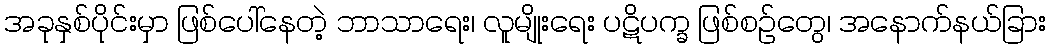
အခုနှစ်ပိုင်းမှာ ဖြစ်ပေါ်နေတဲ့ ဘာသာရေး၊ လူမျိုးရေး ပဋိပက္ခ ဖြစ်စဉ်တွေ၊ အနောက်နယ်ခြား